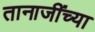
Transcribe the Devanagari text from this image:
तानाजींच्या